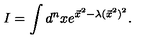
I = \int d ^ { n } x e ^ { \vec { x } ^ { 2 } - \lambda ( \vec { x } ^ { 2 } ) ^ { 2 } } .